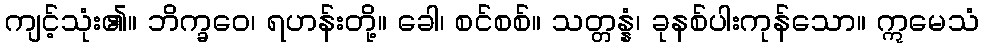
ကျင့်သုံး၏။ ဘိက္ခဝေ၊ ရဟန်းတို့။ ခေါ၊ စင်စစ်။ သတ္တန္နံ၊ ခုနစ်ပါးကုန်သော။ ဣမေသံ